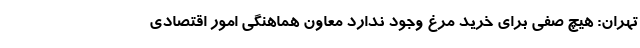
تهران: هیچ صفی برای خرید مرغ وجود ندارد معاون هماهنگی امور اقتصادی